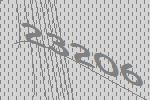
23206